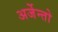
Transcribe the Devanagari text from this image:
अर्जेन्तो